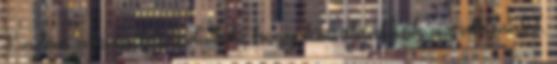
Ezután a kocsi felé indultak, hogy kiszabadítsák az alkimistát.